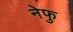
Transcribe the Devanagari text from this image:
नेफु